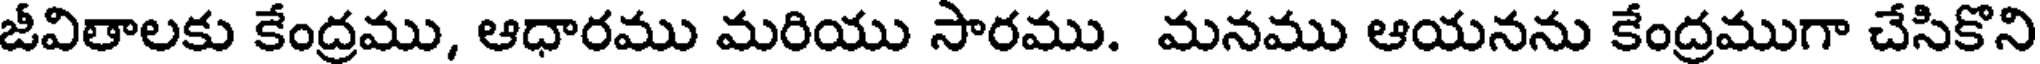
జీవితాలకు కేంద్రము, ఆధారము మరియు సారము. మనము ఆయనను కేంద్రముగా చేసికొని